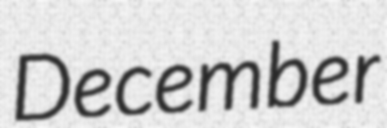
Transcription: December